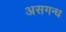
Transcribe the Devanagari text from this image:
असगन्ध